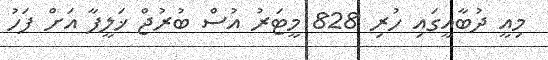
މިއީ ދުބާއީގައި ހުރި 828 މީޓަރު އުސް ބުރުޖް ޚަލީފާ އަށް ފަހު